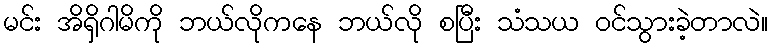
မင်း အိရှိဂါမိကို ဘယ်လိုကနေ ဘယ်လို စပြီး သံသယ ဝင်သွားခဲ့တာလဲ။